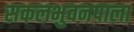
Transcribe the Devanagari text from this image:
सकलभुवनपाला